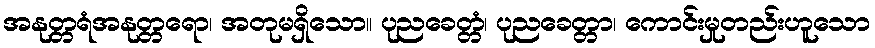
အနုတ္တရံအနုတ္တရော၊ အတုမရှိသော။ ပုညခေတ္တံ၊ ပုညခေတ္တာ၊ ကောင်းမှုတည်းဟူသော